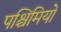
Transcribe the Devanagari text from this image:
पश्चिमियों